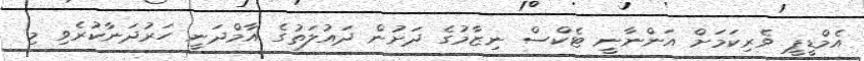
އެމްޑީޕީ ވެރިކަމަށް އަންނާނީ ޓެކްސް ނިޒާމުގެ ދަށުން ދައުލަތުގެ އާމްދަނީ ހަރުދަނާކުރެވި މި